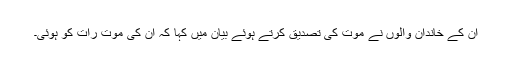
ان کے خاندان والوں نے موت کی تصدیق کرتے ہوئے بیان میں کہا کہ ان کی موت رات کو ہوئی۔